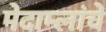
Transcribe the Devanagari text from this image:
मेदाम्लांचे